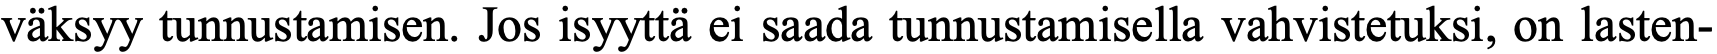
väksyy tunnustamisen. Jos isyyttä ei saada tunnustamisella vahvistetuksi, on lasten-